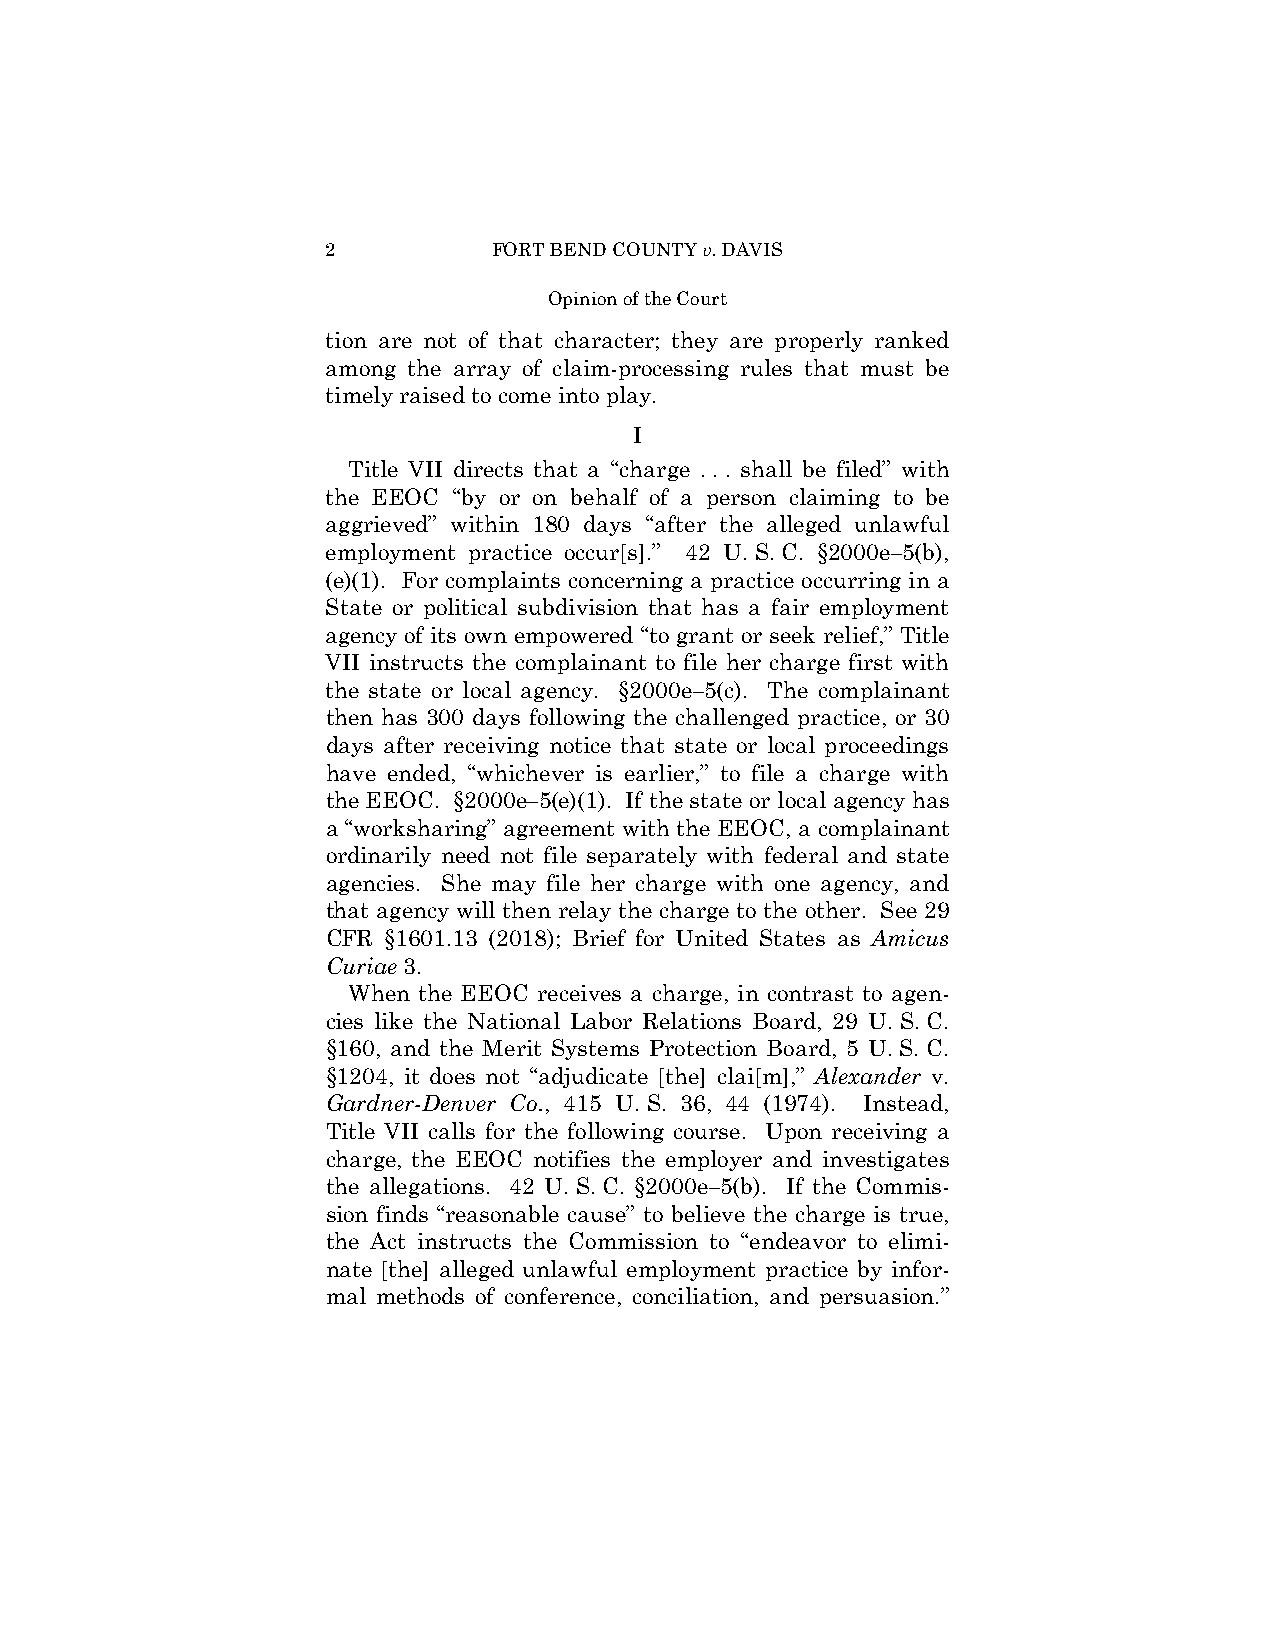
2          FORT BEND COUNTY v. DAVIS
 Opinion of the Court
 tion are not of that character; they are properly ranked
 among the array of claim-processing rules that must be
 timely raised to come into play.
 I
 Title VII directs that a “charge . . . shall be filed” with
 the EEOC “by or on behalf of a person claiming to be
 aggrieved” within 180 days “after the alleged unlawful
 employment practice occur[s].” 42 U. S. C. §2000e–5(b),
 (e)(1). For complaints concerning a practice occurring in a
 State or political subdivision that has a fair employment
 agency of its own empowered “to grant or seek relief,” Title
 VII instructs the complainant to file her charge first with
 the state or local agency. §2000e–5(c). The complainant
 then has 300 days following the challenged practice, or 30
 days after receiving notice that state or local proceedings
 have ended, “whichever is earlier,” to file a charge with
 the EEOC. §2000e–5(e)(1). If the state or local agency has
 a “worksharing” agreement with the EEOC, a complainant
 ordinarily need not file separately with federal and state
 agencies. She may file her charge with one agency, and
 that agency will then relay the charge to the other. See 29
 CFR §1601.13 (2018); Brief for United States as Amicus
 Curiae 3.
 When the EEOC receives a charge, in contrast to agen-
 cies like the National Labor Relations Board, 29 U. S. C.
 §160, and the Merit Systems Protection Board, 5 U. S. C.
 §1204, it does not “adjudicate [the] clai[m],” Alexander v.
 Gardner-Denver Co., 415 U. S. 36, 44 (1974). Instead,
 Title VII calls for the following course. Upon receiving a
 charge, the EEOC notifies the employer and investigates
 the allegations. 42 U. S. C. §2000e–5(b). If the Commis-
 sion finds “reasonable cause” to believe the charge is true,
 the Act instructs the Commission to “endeavor to elimi-
 nate [the] alleged unlawful employment practice by infor-
 mal methods of conference, conciliation, and persuasion.”